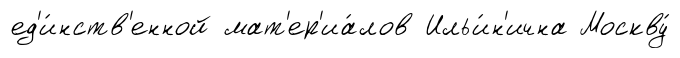
ед'и́нств'енной мат'ер'иа́лов Ильи́н'ична Москву́